Vital statistics of India. Vol. IV, Annual returns from 1871 to 1876. British Army of India, Native Army and jails of Bengal
Year: 1871
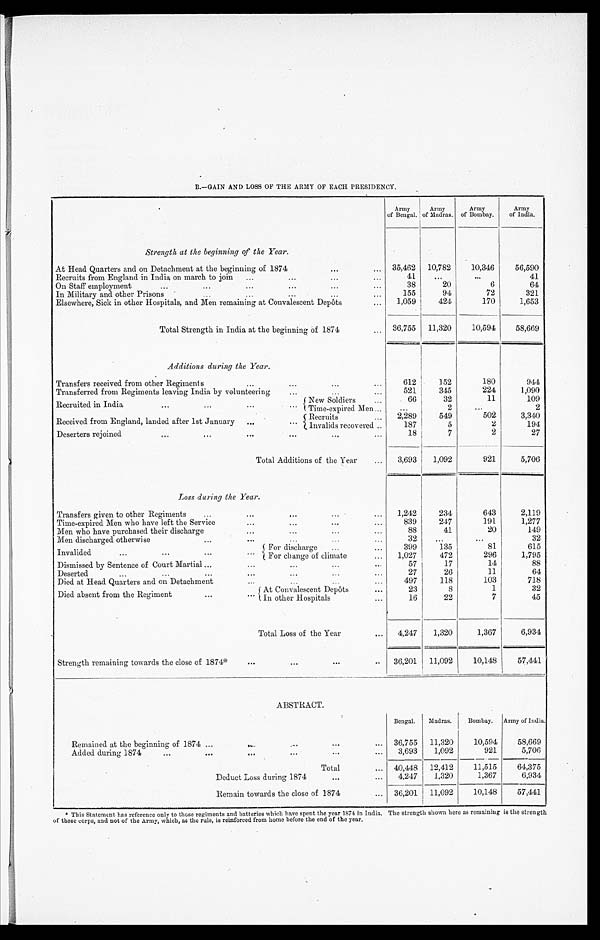
B.—GAIN AND LOSS OF THE ARMY OF EACH PRESIDENCY.
Army
of Bengal.
Army
of Madras.
Army
of Bombay.
Army
of India.
Strength at the beginning of the Year.
At Head Quarters and on Detachment at the beginning of 1874 . . .
35,462
10,782
10,346
56,590
Recruits from England in India on march to join . . .
4 1
. . .
. . .
41
On Staff employment . . .
3 8
20
6
64
In Military and other Prisons . . .
1 5 5
94
72
321
Elsewhere, Sick in other Hospitals, and Men remaining at Convalescent Depôts . . .
1,059
424
170
1,653
Total Strength in India at the beginning of 1874 . . . 36,755
11,320
10,594
58,669
Additions during the Year.
Transfers received from other Regiments . . .
612
152
180
944
Transferred from Regiments leaving India by volunteering . . .
521
345
224
1,090
Recruited in India . . .
New Soldiers . . .
66
32
11
109
Time-expired Men . . .
. . .
2
. . .
2
Received from England, landed after 1st January . . .
Recruit
2,289
549
502
3,340
Invalids recovered . . .
187
5
2
194
Deserters rejoined . . .
18
7
2
27
Total Additions of the Year . . .
3,693
1,092
921
5,706
Loss during the Year.
Transfers given to other Regiments . . .
1,242
234
643
2,119
Time-expired Men who have left the Service . . .
839
247
191
1,277
Men who have purchased their discharge . . .
88
41
20
149
Men discharged otherwise . . .
32
. . .
. . .
32
Invalided . . .
For discharge . . .
399
135
81
615
For change of climate . . .
1,027
472
296
1,795
Dismissed by Sentence of Court Martial . . .
57
17
14
88
Deserted . . .
27
26
11
64
Died at Head Quarters and on Detachment . . .
497
118
103
718
Died absent from the Regiment . . .
At Convalescent Depôts . . .
23
8
1
32
In other Hospitals . . .
16
22
7
45
Total Loss of the Year . . .
4,247
1,320
1,367
6,934
Strength remaining towards the close of 1874* . . .
36,201
11,092
10,148
57,441
ABSTRACT.
Bengal.
Madras.
Bombay. Army of India.
Remained at the beginning of 1874 . . .
36,755
11,320
10,594
58,669
3,693
1,092
921
5,706
Added during 1874 . . .
Total . . . 40,448
12,412
11,515
64,375
Deduct Loss during 1874 . . .
4,247
1,320
1,367
6,934
Remain towards the close of 1874 . . . 36,201
11,092
10,148
57,441
* This Statement has reference only to those regiments and batteries which have spent the year 1874 in India. The strength shown here as remaining is the strength
of these corps, and not of the Army, which, as the rule, is reinforced from home before the end of the year.